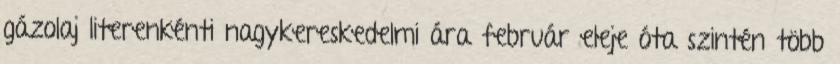
gázolaj literenkénti nagykereskedelmi ára február eleje óta szintén több